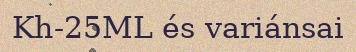
Kh-25ML és variánsai